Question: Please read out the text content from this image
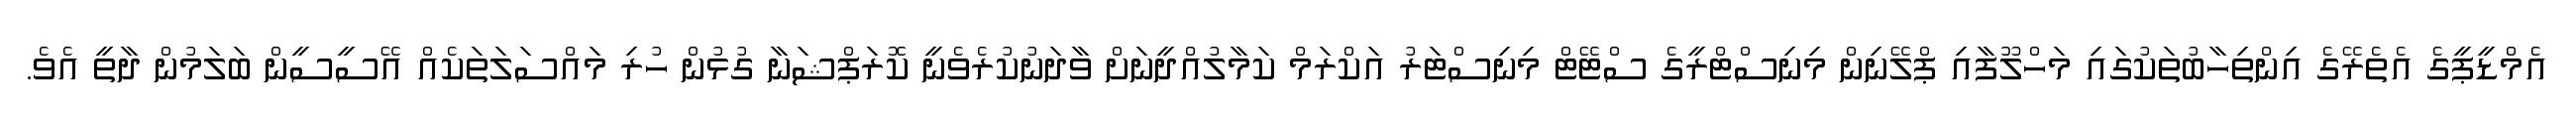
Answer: އެމްޑީޕީގެ އެތެރޭގެ އިންތިހާބުތަކުގައި މަހްލޫފާއި ޕްލޭނިން މިނިސްޓްރީގެ ސްޓޭޓް މިނިސްޓަރު އަކްރަމް ކަމާލުއްދީނަށް ވާދަނުކުރެވެނީ ކޮރަޕްޝަނާ ގުޅުން ހުރި މައްސަލަތަކެއް އޭސީސީން ބަލަމުން ދާތީ އެވެ.